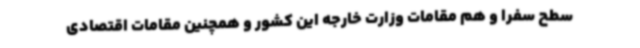
سطح سفرا و هم مقامات وزارت خارجه این کشور و همچنین مقامات اقتصادی